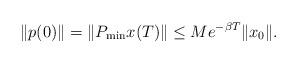
LaTeX: \begin{align*}\|p(0)\|=\|P_{\min}x(T)\|\leq Me^{-\beta T}\|x_0\|.\end{align*}